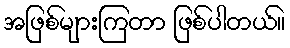
အဖြစ်များကြတာ ဖြစ်ပါတယ်။